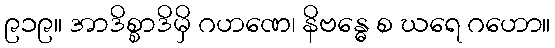
၉၁၉။ အာဒိစ္စာဒိမှိ ဂဟဏေ၊ နိဗန္ဓေ စ ဃရေ ဂဟော။